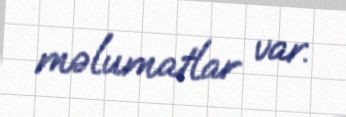
məlumatlar var.